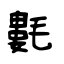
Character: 氀